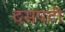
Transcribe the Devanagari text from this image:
दसपटी